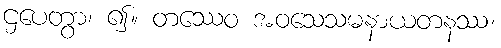
ဌပေတွာ၊ ၍။ တဿေဝ အဝသေသမနာယတနဿ၊